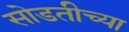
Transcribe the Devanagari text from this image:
सोडतीच्या